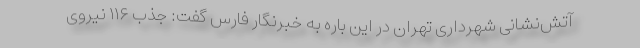
آتش‌نشانی شهرداری تهران در این باره به خبرنگار فارس گفت: جذب ۱۱۶ نیروی